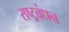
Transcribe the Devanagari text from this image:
राष्ट्रबंधन